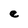
Character: e